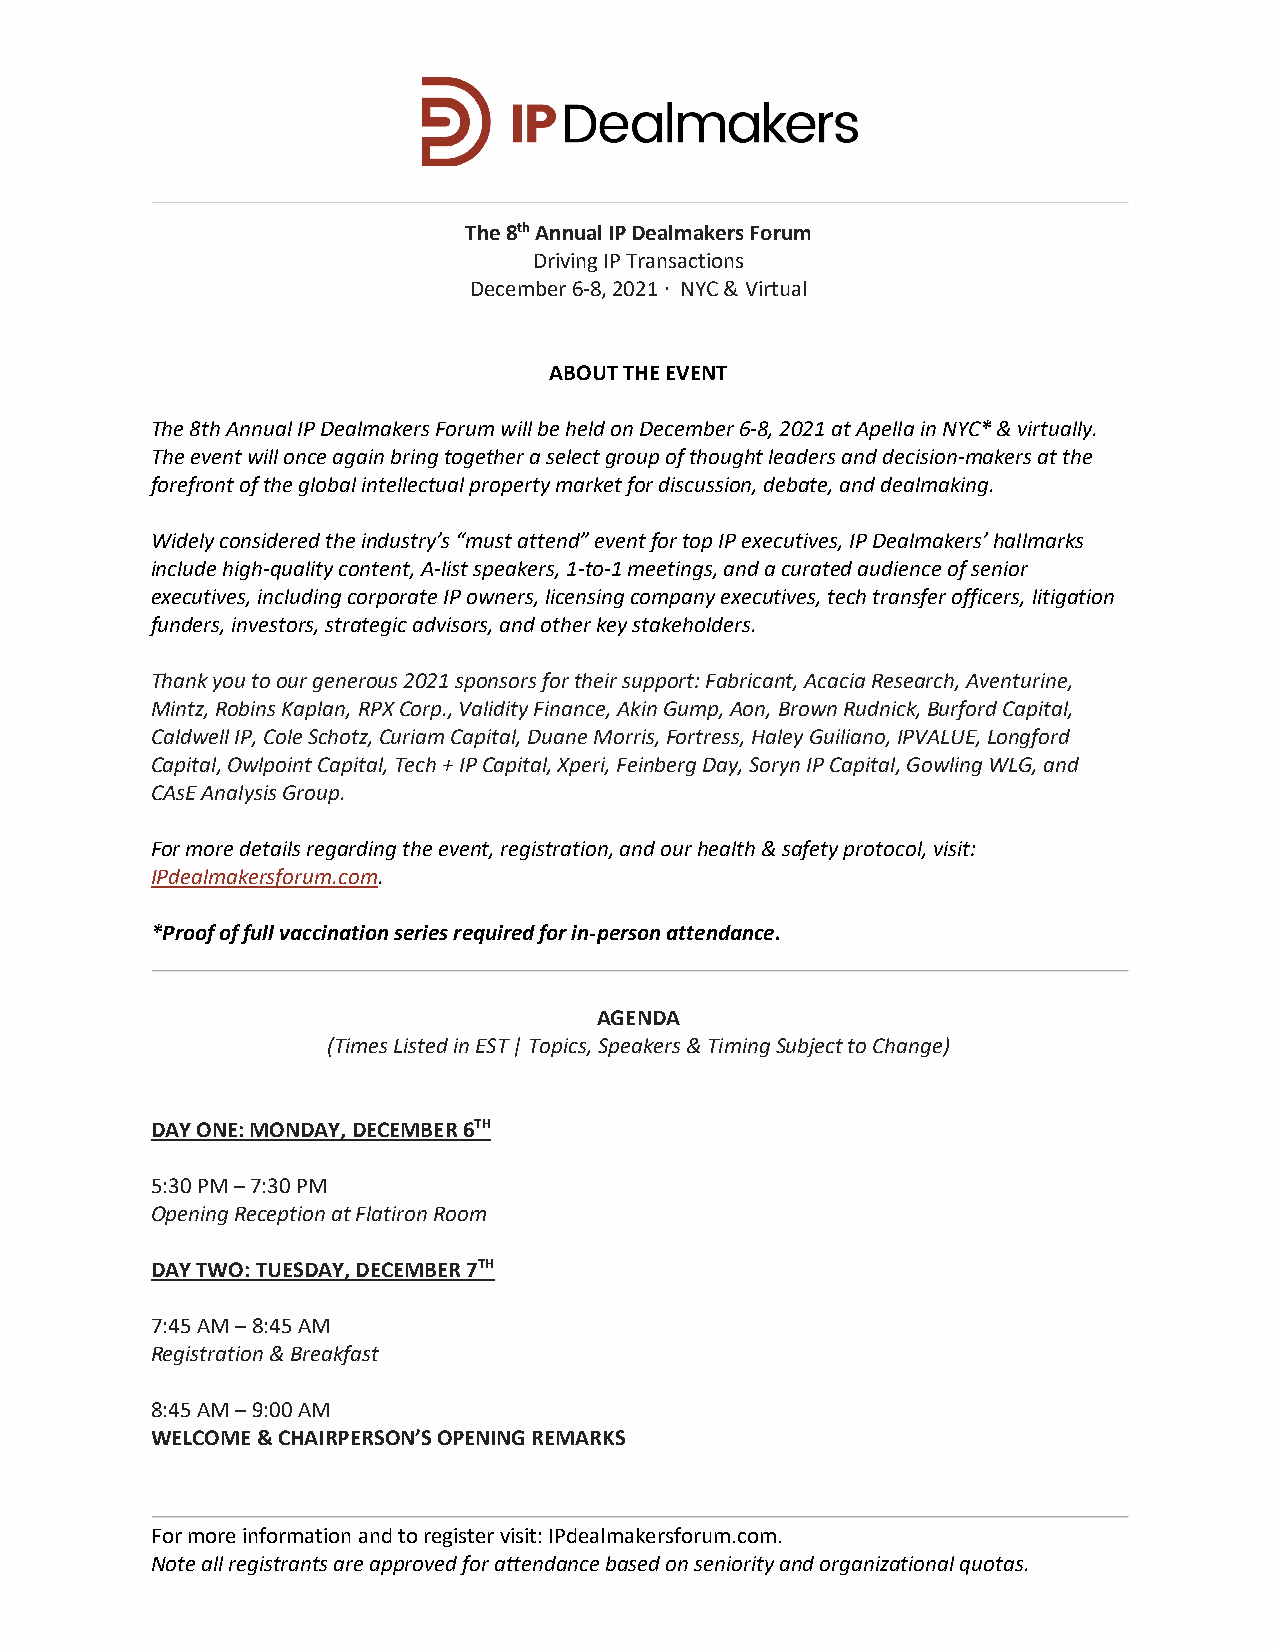
The 8th Annual IP Dealmakers Forum
 Driving IP Transactions
 December 6-8, 2021 ∙ NYC & Virtual
 ABOUT THE EVENT
 The 8th Annual IP Dealmakers Forum will be held on December 6-8, 2021 at Apella in NYC* & virtually.
 The event will once again bring together a select group of thought leaders and decision-makers at the
 forefront of the global intellectual property market for discussion, debate, and dealmaking.
 Widely considered the industry’s “must attend” event for top IP executives, IP Dealmakers’ hallmarks
 include high-quality content, A-list speakers, 1-to-1 meetings, and a curated audience of senior
 executives, including corporate IP owners, licensing company executives, tech transfer officers, litigation
 funders, investors, strategic advisors, and other key stakeholders.
 Thank you to our generous 2021 sponsors for their support: Fabricant, Acacia Research, Aventurine,
 Mintz, Robins Kaplan, RPX Corp., Validity Finance, Akin Gump, Aon, Brown Rudnick, Burford Capital,
 Caldwell IP, Cole Schotz, Curiam Capital, Duane Morris, Fortress, Haley Guiliano, IPVALUE, Longford
 Capital, Owlpoint Capital, Tech + IP Capital, Xperi, Feinberg Day, Soryn IP Capital, Gowling WLG, and
 CAsE Analysis Group.
 For more details regarding the event, registration, and our health & safety protocol, visit:
 IPdealmakersforum.com.
 *Proof of full vaccination series required for in-person attendance.
 AGENDA
 (Times Listed in EST | Topics, Speakers & Timing Subject to Change)
 DAY ONE: MONDAY, DECEMBER 6TH
 5:30 PM – 7:30 PM
 Opening Reception at Flatiron Room
 DAY TWO: TUESDAY, DECEMBER 7TH
 7:45 AM – 8:45 AM
 Registration & Breakfast
 8:45 AM – 9:00 AM
 WELCOME & CHAIRPERSON’S OPENING REMARKS
 For more information and to register visit: IPdealmakersforum.com.
 Note all registrants are approved for attendance based on seniority and organizational quotas.